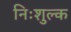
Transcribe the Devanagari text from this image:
निःशुल्‍क